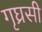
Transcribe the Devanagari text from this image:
गृघ्रसी